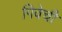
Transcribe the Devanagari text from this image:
गिवेची